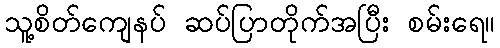
သူ့စိတ်ကျေနပ် ဆပ်ပြာတိုက်အပြီး စမ်းရေ။